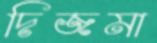
দিজমা